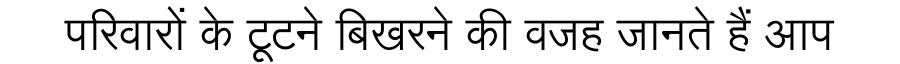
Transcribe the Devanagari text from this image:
परिवारों के टूटने बिखरने की वजह जानते हैं आप